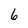
Character: 6